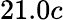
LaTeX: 21.0c